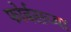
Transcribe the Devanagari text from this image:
फोर्बसच्या